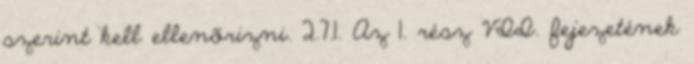
szerint kell ellenõrizni. 2.7.1. Az 1. rész VII. fejezetének